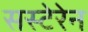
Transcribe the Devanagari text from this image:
सस्टेरेन